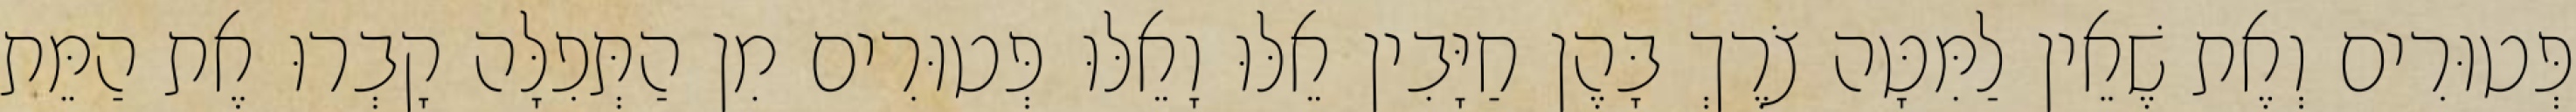
פְּטוּרִים וְאֶת שֶׁאֵין לַמִּטָּה צֹרֶךְ בָּהֶן חַיָּבִין אֵלּוּ וָאֵלּוּ פְּטוּרִים מִן הַתְּפִלָּה קָבְרוּ אֶת הַמֵּת